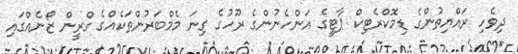
ދިވެހި ރައްޔިތުންގެ ޑިމޮކްރެޓިކް ޕާޓީގެ އަންހެނުންގެ ރޫހުގެ ގިނަ މެމްބަރުންތަކެއްގެ ގްރީން ޒޯނެއްގައި